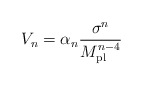
\begin{align*}V_{n} = \alpha_{n}\frac{\sigma^n}{M_{\rm pl}^{n-4}}\end{align*}